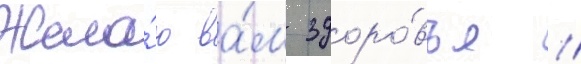
Жела́ю ва́м здоро́вья /